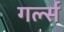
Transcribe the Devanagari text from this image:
गर्ल्‍स